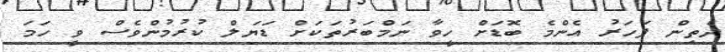
ދެތިން ފަހަރު އެންމެ ބޮޑަށް ހީވާ ނަމްބަރުތަކަށް ޑަޔަލް ކުރުމުންވެސް ވީ ހަމަ